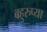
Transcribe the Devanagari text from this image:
बहुरुप्या